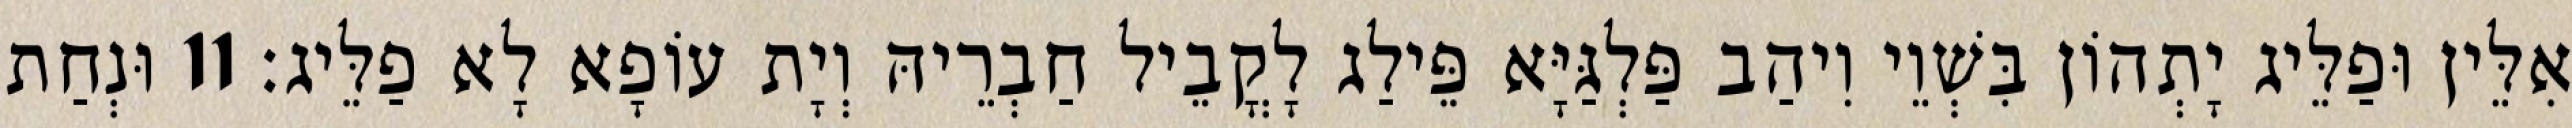
אִלֵּין וּפַלֵּיג יָתְהוֹן בִּשְׁוֵי וִיהַב פַּלְגַּיָּא פֵּילַג לָקֳבֵיל חַבְרֵיהּ וְיָת עוֹפָא לָא פַלֵּיג׃ 11 וּנְחַת